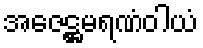
အဇေဋ္ဌမရဏံဝါယံ